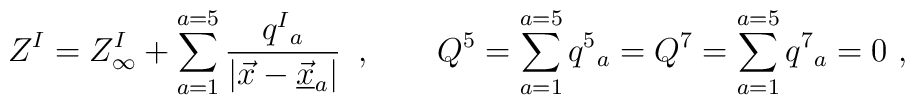
Z^I   = Z^I_\infty +  \sum _{a= 1}^{a=5} {q^I{}_a \over |\vec x - \vec{\underline {x}}_{a}| }\, \ , \qquad Q^5= \sum _{a= 1}^{a=5} q^5{}_a=Q^7= \sum_{a= 1}^{a=5} q^7{}_a=0 \ ,